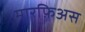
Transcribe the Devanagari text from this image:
मारफ़िअस